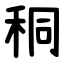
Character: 秱